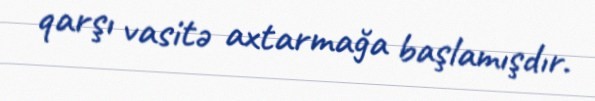
qarşı vasitə axtarmağa başlamışdır.